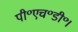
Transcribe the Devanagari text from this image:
पी॰एच॰डी॰।